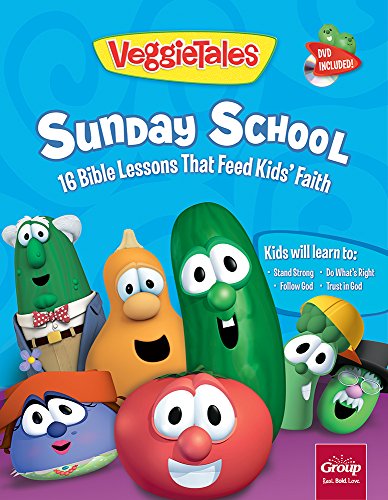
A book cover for VeggieTales Sunday School Volume 1: 16 Bible Lessons That Feed KidsEE Faith; Group Publishing; Christian Books & Bibles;